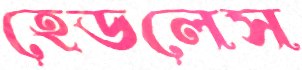
হেডলেস